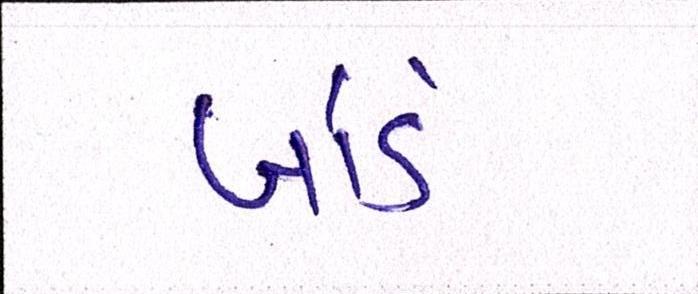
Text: બોર્ડ